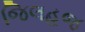
જિલહજ